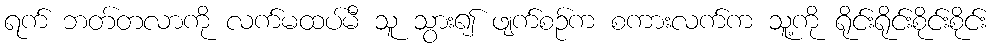
ရက် ဘတ်တလာကို လက်မထပ်မီ သူ သွား၍ ဖျက်စဉ်က စကားလက်က သူ့ကို ရိုင်းရိုင်းစိုင်းစိုင်း